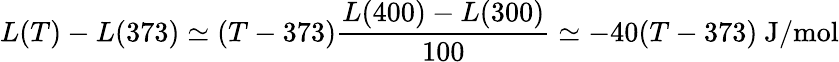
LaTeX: L(T)-L(373)\simeq(T-373){\frac{L(400)-L(300)}{100}}\simeq-40(T-373)\ \mathrm{J/mol}